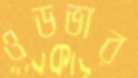
ওডভার